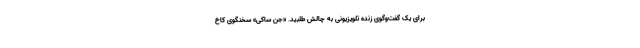
برای یک گفت‌وگوی زنده تلویزیونی به چالش طلبید. «جن ساکی» سخنگوی کاخ